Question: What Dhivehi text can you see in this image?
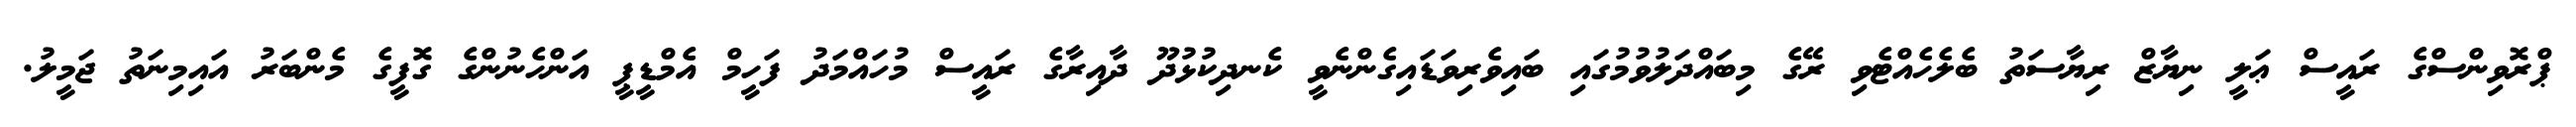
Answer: ޕްރޮވިންސްގެ ރައީސް ޢަލީ ނިޔާޒް ރިޔާސަތު ބެލެހެއްޓެވި ރޭގެ މިބައްދަލުވުމުގައި ބައިވެރިވަޑައިގެންނެވީ ކެނދިކުޅުދޫ ދާއިރާގެ ރައީސް މުހައްމަދު ފަހީމް އެމްޑީޕީ އަންހެނުންގެ ގޮފީގެ މެންބަރު އައިމިނަތު ޖަމީލު.